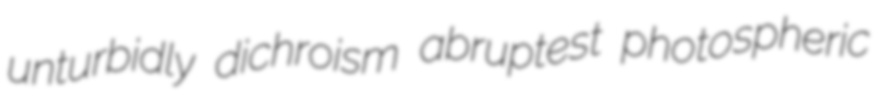
unturbidly dichroism abruptest photospheric